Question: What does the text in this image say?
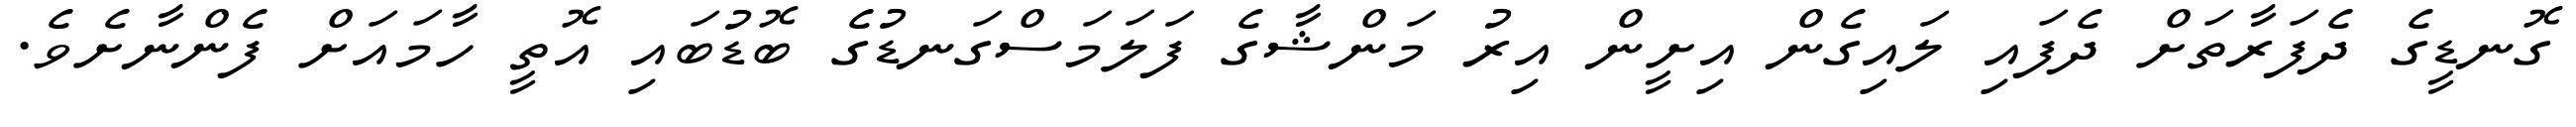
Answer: ގޮނޑީގެ ދެފަރާތަށް ދެފައި ލައިގެން އިށީން އިރު މަންޝާގެ ފަލަމަސްގަނޑުގެ ބޮޑުބައި އޮތީ ހާމައަށް ފެންނާށެވެ.